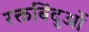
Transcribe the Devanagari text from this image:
रक्तबिंदुओं